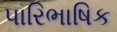
પારિભાષિક